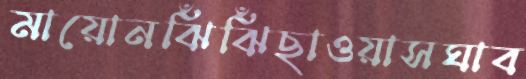
মায়োনঝিঁঝিঁছাওয়াসঘাব